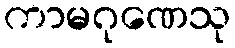
ကာမဂုဏေသု